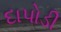
દાપોડી